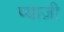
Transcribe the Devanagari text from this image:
प्याज़ी